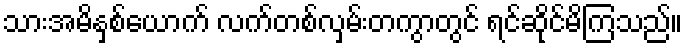
သားအမိနှစ်ယောက် လက်တစ်လှမ်းတကွာတွင် ရင်ဆိုင်မိကြသည်။